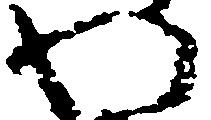
わ